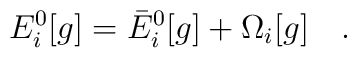
E^0_i[g]=\bar{E}^0_i[g]+\Omega_i[g]~~~.